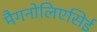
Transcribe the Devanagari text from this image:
मैगनोलिएसिई